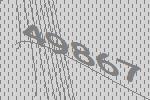
49867